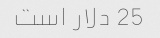
25 دلار است